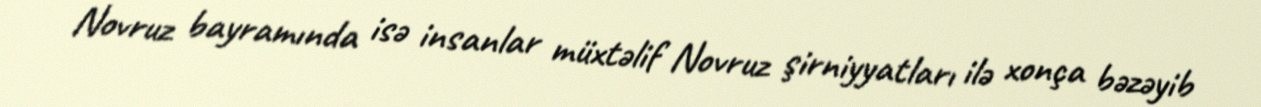
Novruz bayramında isə insanlar müxtəlif Novruz şirniyyatları ilə xonça bəzəyib